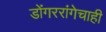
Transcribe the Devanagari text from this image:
डोंगररांगेचाही